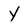
Character: Y